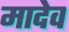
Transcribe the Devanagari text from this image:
मादेव